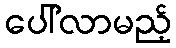
ပေါ်လာမည့်